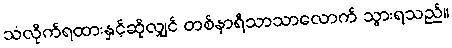
သံလိုက်ရထားနှင့်ဆိုလျှင် တစ်နာရီသာသာလောက် သွားရသည်။